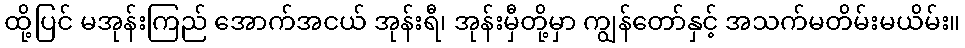
ထို့ပြင် မအုန်းကြည် အောက်အငယ် အုန်းရီ၊ အုန်းမှီတို့မှာ ကျွန်တော်နှင့် အသက်မတိမ်းမယိမ်း။